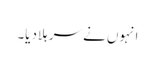
انہوں نے سر ہلادیا۔